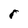
Character: r